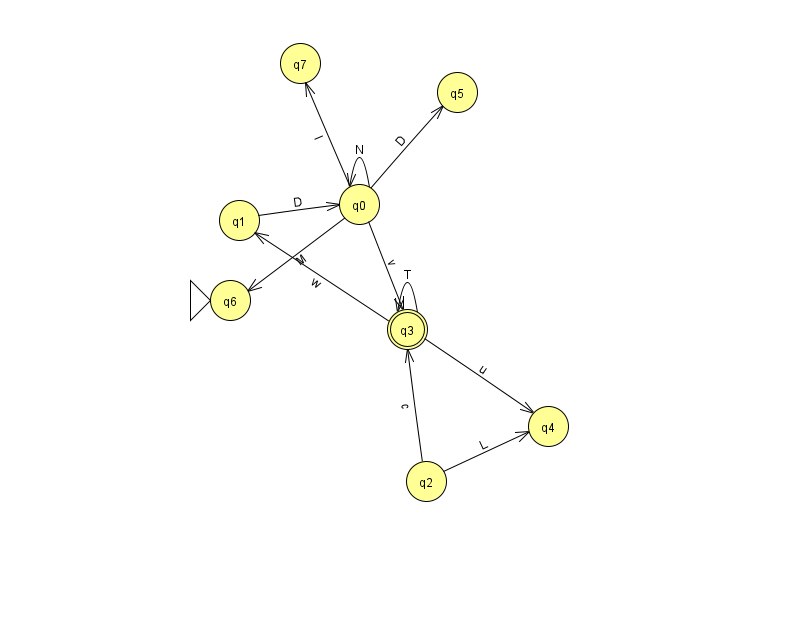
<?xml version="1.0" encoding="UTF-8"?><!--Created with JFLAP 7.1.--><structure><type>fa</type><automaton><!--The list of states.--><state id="0" name="q0"><x>359.0</x><y>191.0</y></state><state id="1" name="q1"><x>239.0</x><y>207.0</y></state><state id="2" name="q2"><x>426.0</x><y>468.0</y></state><state id="3" name="q3"><x>407.0</x><y>316.0</y><final/></state><state id="4" name="q4"><x>548.0</x><y>413.0</y></state><state id="5" name="q5"><x>457.0</x><y>79.0</y></state><state id="6" name="q6"><x>230.0</x><y>287.0</y><initial/></state><state id="7" name="q7"><x>300.0</x><y>50.0</y></state><!--The list of transitions.--><transition><from>2</from><to>3</to><read>c</read></transition><transition><from>0</from><to>5</to><read>D</read></transition><transition><from>1</from><to>0</to><read>D</read></transition><transition><from>0</from><to>7</to><read>I</read></transition><transition><from>3</from><to>3</to><read>T</read></transition><transition><from>3</from><to>4</to><read>u</read></transition><transition><from>0</from><to>6</to><read>M</read></transition><transition><from>3</from><to>1</to><read>w</read></transition><transition><from>0</from><to>3</to><read>v</read></transition><transition><from>0</from><to>0</to><read>N</read></transition><transition><from>2</from><to>4</to><read>L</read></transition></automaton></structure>